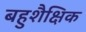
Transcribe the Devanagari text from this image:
बहुशैक्षिक